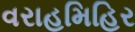
વરાહમિહિર